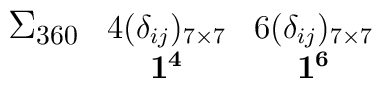
\begin{array}{ccc}{\bf \mbox{\large $\Sigma_{360}$}}&\mbox{\normalsize ${4 (\delta_{ij})_{7 \times 7}}$}&\mbox{\normalsize ${6 (\delta_{ij})_{7 \times 7}}$}\\&{\bf 1^{4}}&{\bf 1^{6}}\\\end{array}